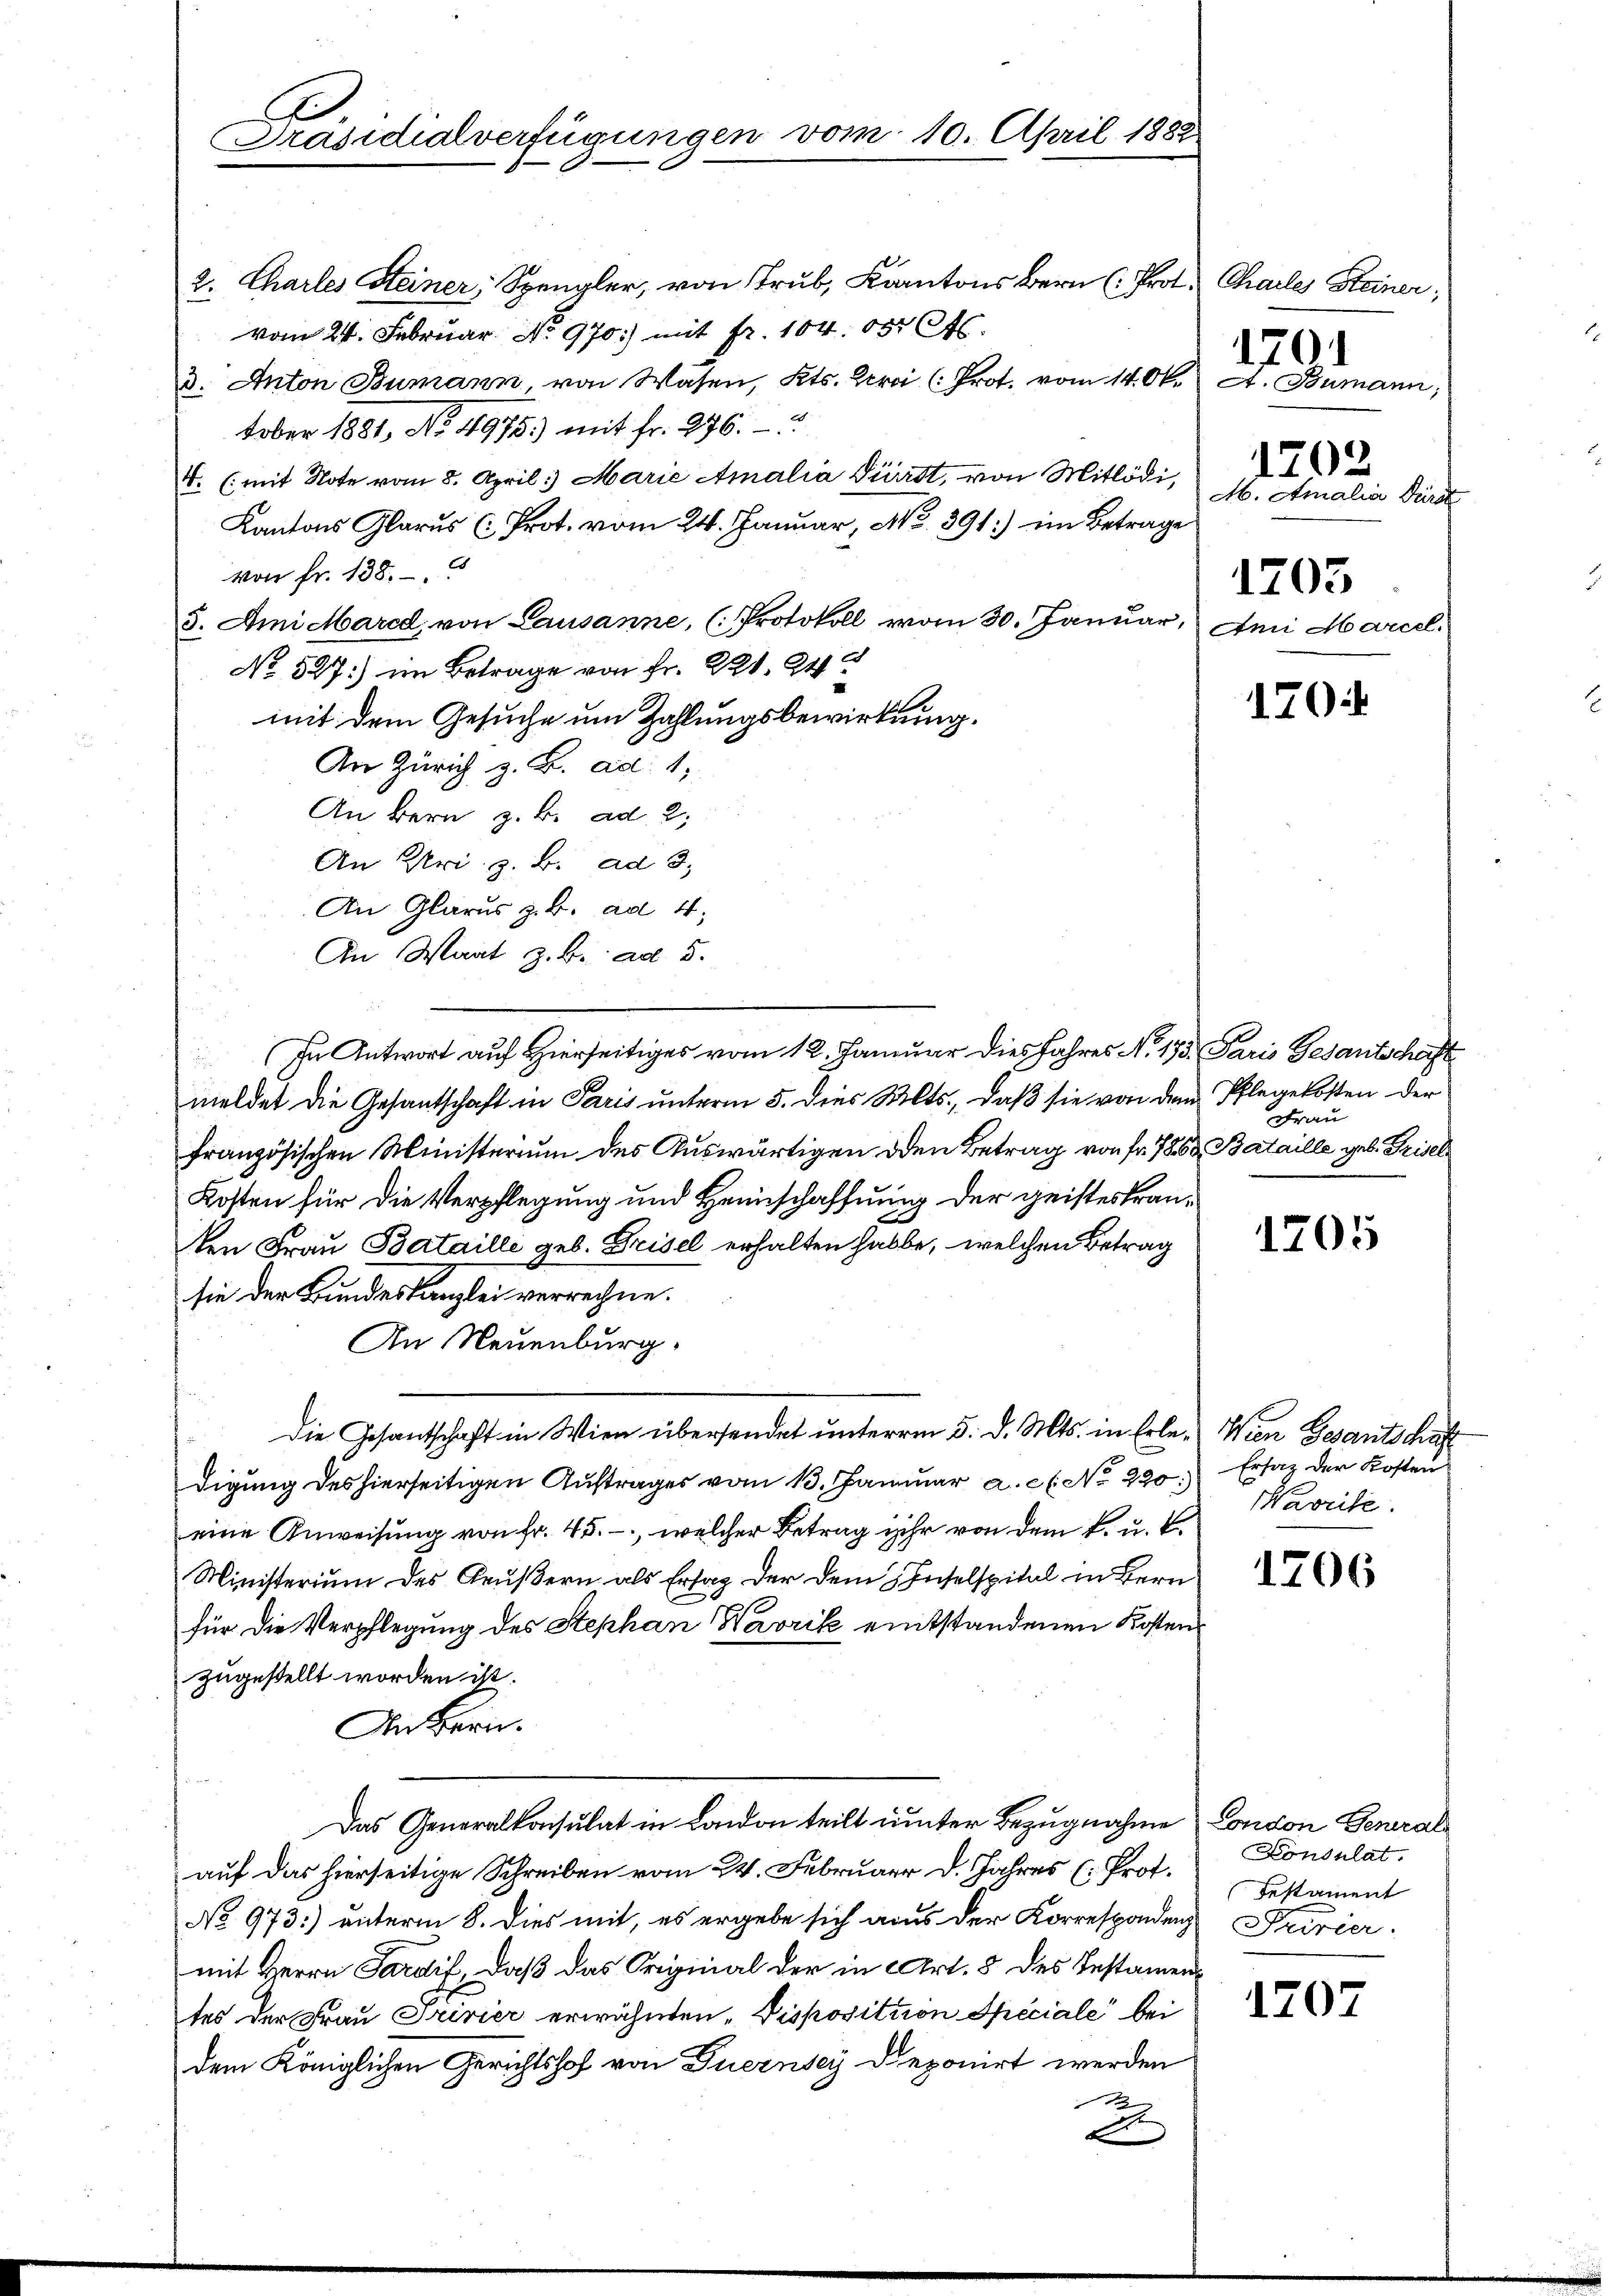
C
Präsidialverfügungen vom 10. April 1882

2. Chartes Steiner, Spengler, von Trub, Kantons Bern (Prot. Chailes Steiner;
vom 24. Februar. No. 970.) mit Fr. 104. 150 Ct.
3. Anton Bumann, von Wasen, Kts. Berei (Prot. vom 14. Ok. A. Baumann,
tober 1881, No 4975.) mit fr. 276.
4. (mit Note vom 8. April: Marie Amalia Fürst, von Mitlödi,
Kantons Glarus (Prot. vom 24. Januar, No. 891:) im Betrage
von fr. 138.
5. Ami Mared, von Lausanne, (Protokoll vom 30. Januar,
No 527:) im Betrage von Fr. 221. 24
mit dem Gesuche um Zahlungsbewirkung.
An Zürich z. B. ad. 1,
An Bern z. B. ad 2,
An Uri z. B. ad 3.
An Glarus z. B. ad 1,
An Wart z. B. ad 5.
In Antwort auf Hierseitiges vom 12. Januar dies Jahres N. 155. Paris Gesantschaft
meldet die Gesantschaft in Paris unterm 5. dies Mts., daß sie von dem Pflegekosten der
französischen Ministerium des Auswärtigen den Betrag von Fr. 786 Bataille geb. Friser
Kosten für die Verpflegung und Heimschaffung der geisteskranten Frau Batailli geb. Brisel erhalten habe, welchen Betrag
sie der Bundeskanzlei verrechne.
An Neuenburg,
Die Gesantschaft in Wien übersendet unterm 5. d. Mts. in Erle-Wien Gesantschäft
digung des hierseitigen Auftrages vom 13. Januar a. c. l. No 290.
eine Anweisung von Fr. 45. -, welcher Betrag ihr von dem k. u.
Ministerium des Grußern als Erstag der dem Inselspital in Bern
für die Verpflegung des Stephan Warrik entstandenen Kosten
zugestellt worden ist.
An Bern.
Das Generalkonsulat in London teilt unter Bezugnahme
auf das hierseitige Schreiben vom 24. Februar d. Jahres (: Prot.
No 973.) unterm 8. Dies mit, es ergebe sich aus der Korresponden Privier
mit Herrn Sardif, daß das Original der in Art. 8 des Testamentes der Frau Privier erwähnten „Disposition Speciale bei
dem Königlichen Gerichtshof von Duernsey deponirt werden
d
x

101

M. Amalia Dür

Ani Marcel

1202

1703

170

Frau

1705

Ersatz der Kosten
Naveile.

1206

London General
Konsulat.
Testament

1207